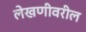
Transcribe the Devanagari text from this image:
लेखणीवरील